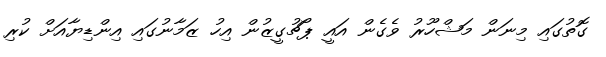
ގޮތުގައި މިނަން މަޝްހޫރު ވެގެން އައީ ޕޯޗުގީޒުން އިހު ޒަމާނުގައި އިންޑިޔާއަށް ކުރި